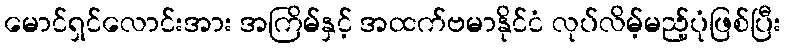
မောင်ရှင်လောင်းအား အကြိမ်နှင့် အထက်ဗမာနိုင်ငံ လုပ်လိမ့်မည့်ပုံဖြစ်ပြီး